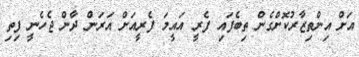
އަށް އިންތިޒާރުކޮށްގެން ތިބެފައި ފެރީ އައީމަ ފެރީއަށް އަރަން ދާން ޖެހެނީ ފިތި